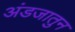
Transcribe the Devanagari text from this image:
अंडजातुन